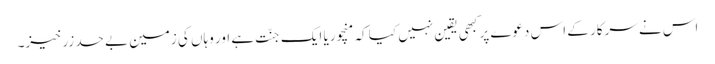
اس نے سرکار کے اس دعوے پر کبھی یقین نہیں کیا کہ منچوریا ایک جنّت ہے اور وہاں کی زمین بے حد زرخیز۔